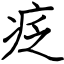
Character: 疺